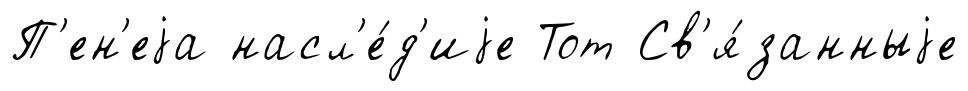
П'ен'еjа насл'е́д'иjе Тот Св'я́занныjе